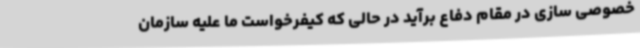
خصوصی سازی در مقام دفاع برآید در حالی که کیفرخواست ما علیه سازمان